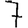
Digit: 7